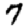
Digit: 7